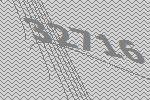
32716